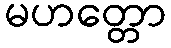
မဟတ္တော